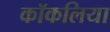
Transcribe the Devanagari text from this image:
कॉकलिया